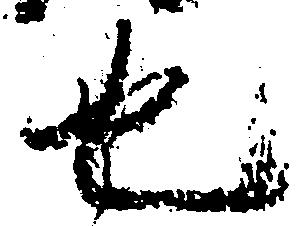
也